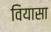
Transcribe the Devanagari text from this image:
वियासा